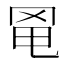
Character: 𦊣